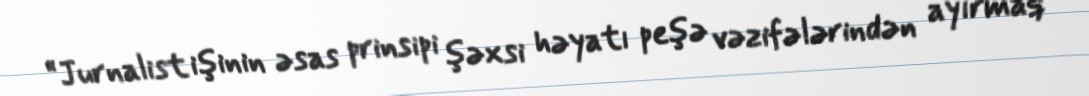
“Jurnalist işinin əsas prinsipi şəxsi həyatı peşə vəzifələrindən ayırmaq